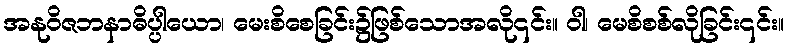
အနုဝိဇဘနာဓိပ္ပါယော၊ မေးစိစေခြင်း၌ဖြစ်သောအလို၎င်း။ ဝါ၊ မေစိစစ်လိုခြင်း၎င်း။